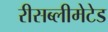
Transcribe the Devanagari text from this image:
रीसब्लीमेटेड